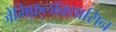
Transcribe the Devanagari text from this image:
जेमिफ़्लॉक्सासिन